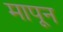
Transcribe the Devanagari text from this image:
मापून